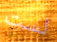
لست